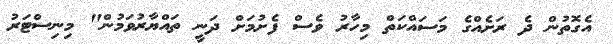
އެގޮތުން ދެ ރަށެއްގެ މަސައްކަތް މިހާރު ވެސް ފެށުމަށް ދަނީ ތައްޔާރުވަމުން" މިނިސްޓަރު